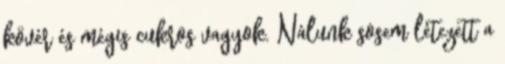
kövér és mégis cukros vagyok. Nálunk sosem létezett a